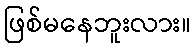
ဖြစ်မနေဘူးလား။